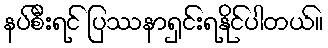
နပ်စီးရင် ပြဿနာရှင်းရနိုင်ပါတယ်။